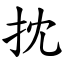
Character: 抌